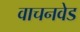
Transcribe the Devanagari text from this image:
वाचनवेड